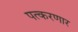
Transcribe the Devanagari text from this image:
पत्करणार